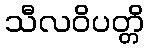
သီလဝိပတ္တိ